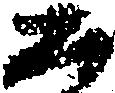
如